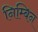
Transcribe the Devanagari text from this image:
निम्बिन